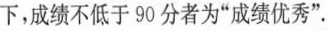
下，成绩不低于90分者为”成绩优秀”。